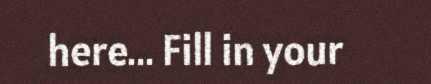
here... Fill in your